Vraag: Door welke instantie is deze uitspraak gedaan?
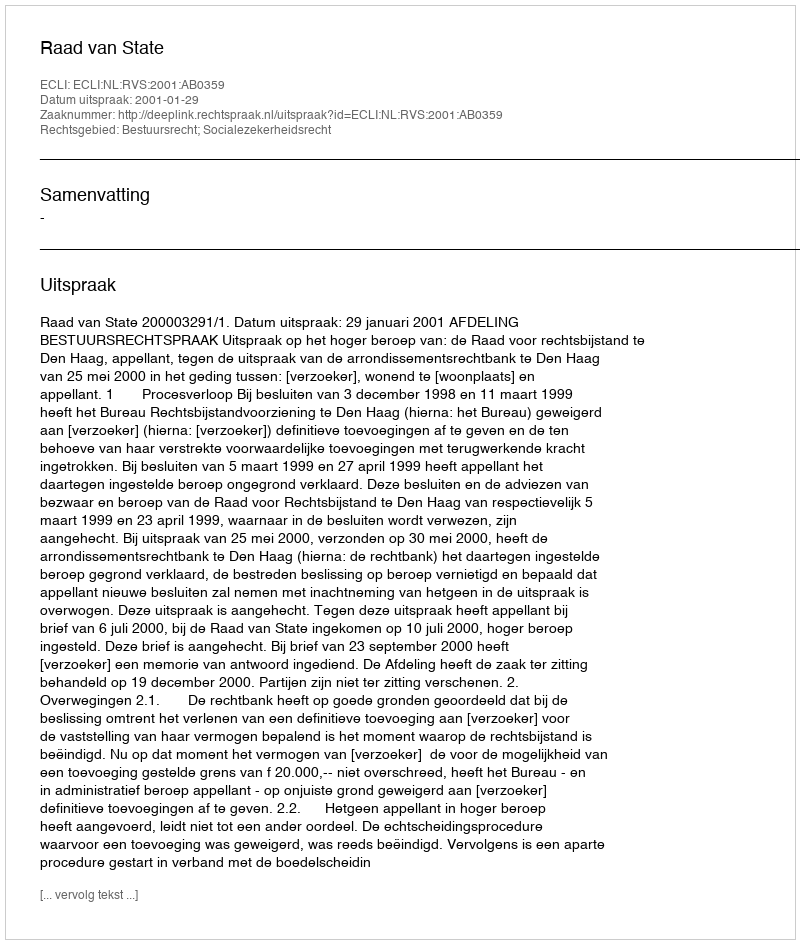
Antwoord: Raad van State